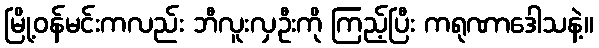
မြို့ဝန်မင်းကလည်း ဘီလူးလှဦးကို ကြည့်ပြီး ကရုဏာဒေါသနဲ့။